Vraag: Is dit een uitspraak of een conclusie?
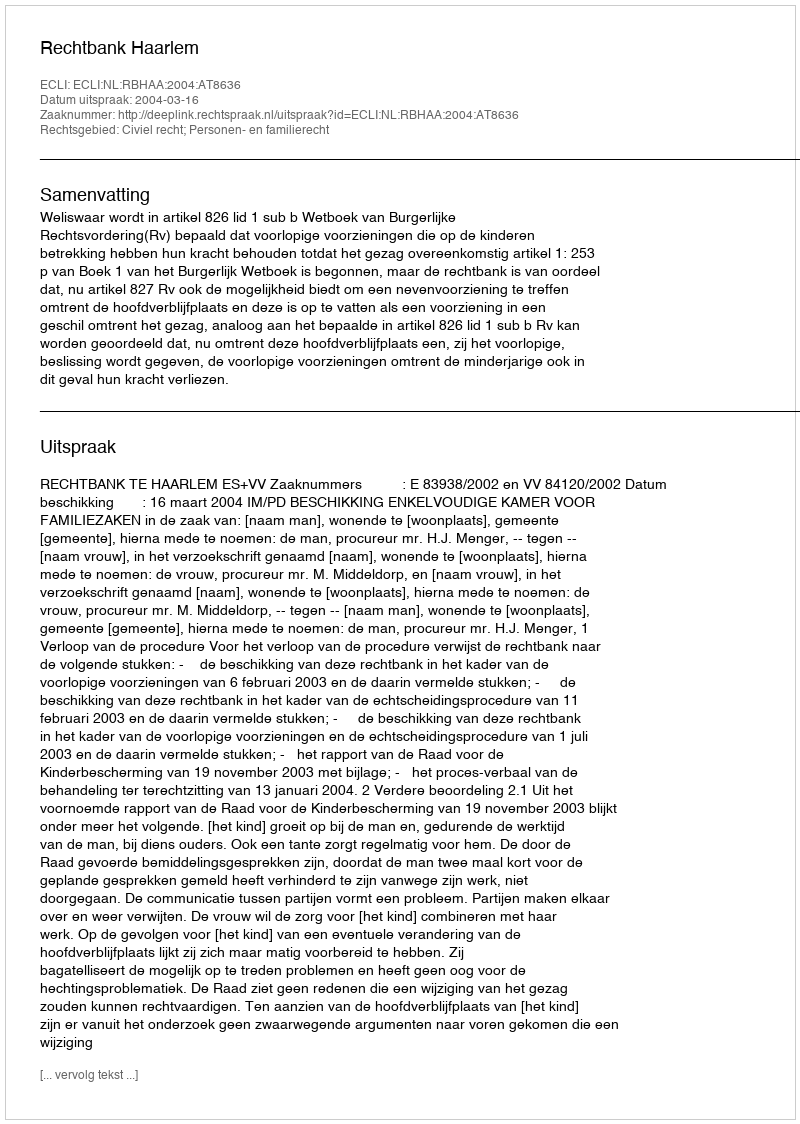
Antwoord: Uitspraak